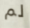
لم